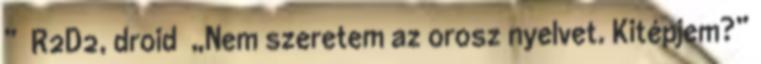
” R2D2, droid „Nem szeretem az orosz nyelvet. Kitépjem?”